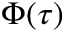
\Phi ( \tau )